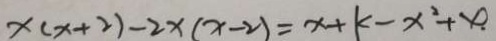
x ( x + 2 ) - 2 x ( x - 2 ) = x + k - x ^ { 2 } + x .